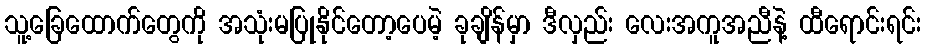
သူ့ခြေထောက်တွေကို အသုံးမပြုနိုင်တော့ပေမဲ့ ခုချိန်မှာ ဒီလှည်း လေးအကူအညီနဲ့ ထီရောင်းရင်း